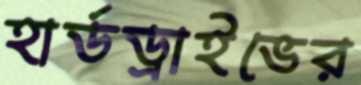
হার্ডড্রাইভের